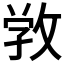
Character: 𢽑